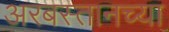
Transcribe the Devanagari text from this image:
अरबस्तानच्या